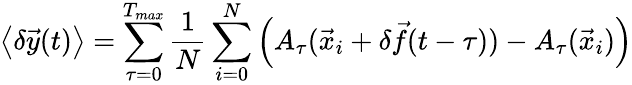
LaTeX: \left<{\delta\vec{y}(t)}\right>=\sum_{\tau=0}^{T_{max}}\frac{1}{N}\sum_{i=0}^{N}{\left(A_{\tau}(\vec{x}_{i}+\delta\vec{f}(t-\tau))-A_{\tau}(\vec{x}_{i})\right)}